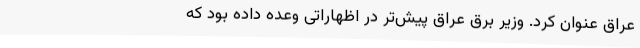
عراق عنوان کرد. وزیر برق عراق پیش‌تر در اظهاراتی وعده داده بود که